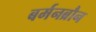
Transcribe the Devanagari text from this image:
बर्मनब्रौन